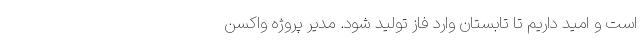
است و امید داریم تا تابستان وارد فاز تولید شود. مدیر پروژه واکسن